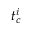
t _ { c } ^ { i }